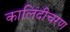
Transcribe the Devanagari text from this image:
कालिंदीचरण